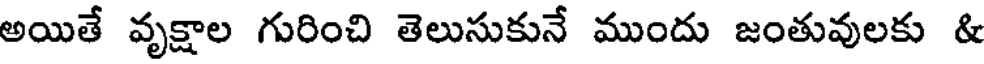
అయితే వృక్షాల గురించి తెలుసుకునే ముందు జంతువులకు &